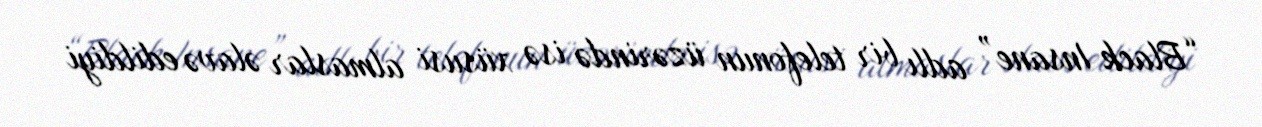
“Black Insane” adlı bir telefonun üzərində isə xüsusi almaslar əlavə edildiyi